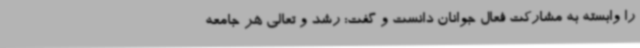
را وابسته به مشارکت فعال جوانان دانست و گفت: رشد و تعالی هر جامعه